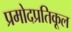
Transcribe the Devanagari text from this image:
प्रमोदप्रतिकूल